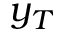
y _ { T }